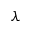
\lambda